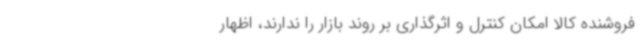
فروشنده کالا امکان کنترل و اثرگذاری بر روند بازار را ندارند، اظهار